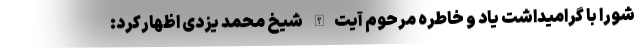
شورا با گرامیداشت یاد و خاطره مرحوم آیت‌الله شیخ محمد یزدی اظهارکرد: